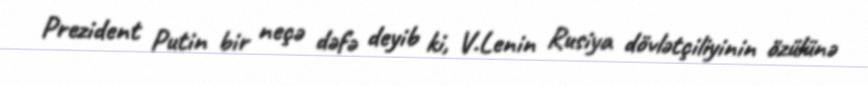
Prezident Putin bir neçə dəfə deyib ki, V.Lenin Rusiya dövlətçiliyinin özülünə